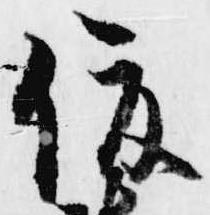
俊